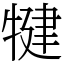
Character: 犍